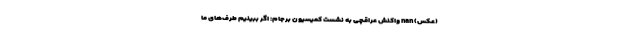
(عکس) nan واکنش عراقچی به نشست کمیسیون برجام: اگر ببینیم طرف‌های ما